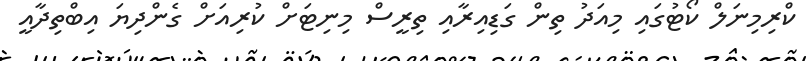
ކްރިމިނަލް ކޯޓުގައި މިއަދު ތިން ގަޑިއިރާއި ތިރީސް މިނިޓަށް ކުރިއަށް ގެންދިޔަ އިބްތިދާއީ